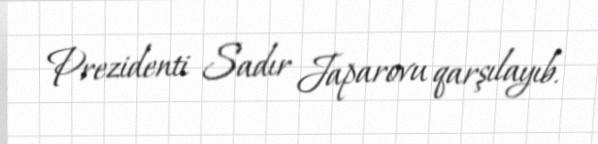
Prezidenti Sadır Japarovu qarşılayıb.